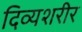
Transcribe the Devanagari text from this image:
दिव्यशरीर